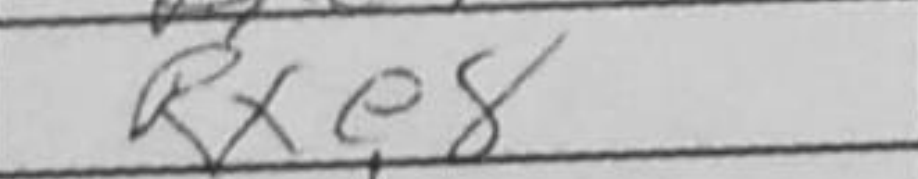
Transcription: Rxe8